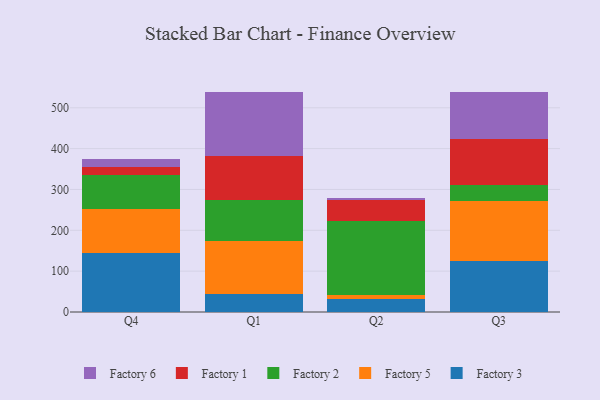
{"axis": {"x": "Quarter", "y": "Churn Rate (%)"}, "legend": ["Factory 1", "Factory 2", "Factory 3", "Factory 5", "Factory 6"], "data": [{"x": "Q4", "y": 145.4, "type": "Factory 3"}, {"x": "Q4", "y": 107.0, "type": "Factory 5"}, {"x": "Q4", "y": 83.8, "type": "Factory 2"}, {"x": "Q4", "y": 19.1, "type": "Factory 1"}, {"x": "Q4", "y": 18.3, "type": "Factory 6"}, {"x": "Q1", "y": 45.0, "type": "Factory 3"}, {"x": "Q1", "y": 128.6, "type": "Factory 5"}, {"x": "Q1", "y": 101.1, "type": "Factory 2"}, {"x": "Q1", "y": 107.1, "type": "Factory 1"}, {"x": "Q1", "y": 157.8, "type": "Factory 6"}, {"x": "Q2", "y": 32.7, "type": "Factory 3"}, {"x": "Q2", "y": 9.5, "type": "Factory 5"}, {"x": "Q2", "y": 179.8, "type": "Factory 2"}, {"x": "Q2", "y": 51.2, "type": "Factory 1"}, {"x": "Q2", "y": 5.2, "type": "Factory 6"}, {"x": "Q3", "y": 125.8, "type": "Factory 3"}, {"x": "Q3", "y": 145.4, "type": "Factory 5"}, {"x": "Q3", "y": 39.5, "type": "Factory 2"}, {"x": "Q3", "y": 112.8, "type": "Factory 1"}, {"x": "Q3", "y": 114.7, "type": "Factory 6"}]}